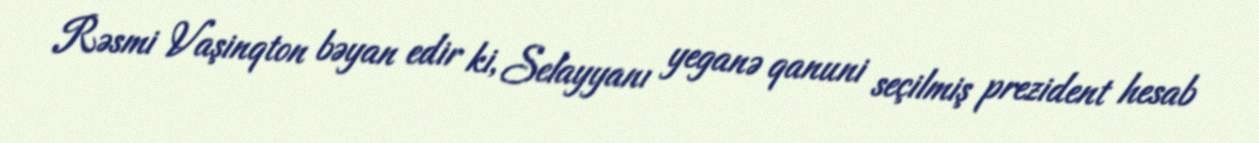
Rəsmi Vaşinqton bəyan edir ki, Selayyanı yeganə qanuni seçilmiş prezident hesab